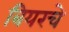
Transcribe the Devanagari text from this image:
बियरचे